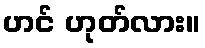
ဟင် ဟုတ်လား။